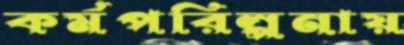
কর্মপরিল্পনায়